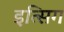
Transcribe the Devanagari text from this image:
इत्सिग